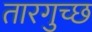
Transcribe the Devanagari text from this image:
तारगुच्छ